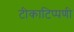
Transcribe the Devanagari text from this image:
टीकाटिप्पणी